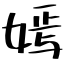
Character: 嫣